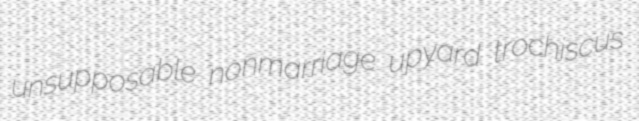
unsupposable nonmarriage upyard trochiscus